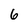
Character: 6